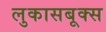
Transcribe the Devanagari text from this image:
लुकासबूक्स